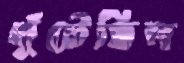
খুঁটেছিল